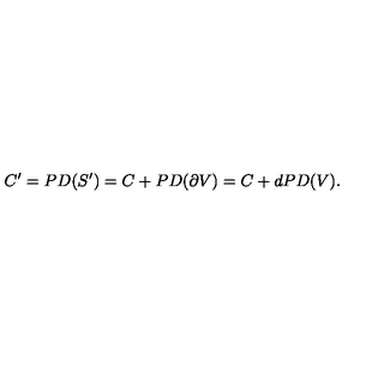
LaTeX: C ^ { \prime } = P D ( S ^ { \prime } ) = C + P D ( \partial V ) = C + d P D ( V ) .